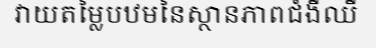
វាយតម្លៃបឋមនៃស្ថានភាពជំងឺឈឺ